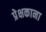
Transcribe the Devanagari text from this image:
प्रेक्षकाना